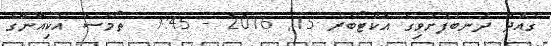
ގައްދޫ ދަނބުފަށުވިގެ އޮކްޓޯބަރު 15